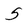
Character: 5